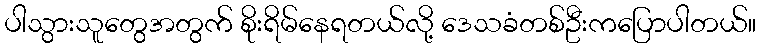
ပါသွားသူတွေအတွက် စိုးရိမ်နေရတယ်လို့ ဒေသခံတစ်ဦးကပြောပါတယ်။